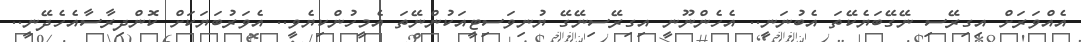
އެއްވަރަށް އިގިރޭސި ނޭގޭބަޔެކޭތަ އެބުނަނީ.. އެހެންނޫނީ އިގިރޭސިނޭގޭ ޔުނިވަސިޓީއަކުންނޭތަ އެމީހުންކިޔެވީ.. އެވަރުބަޔަކަށް ކޮންދިރާސާއެހެދޭނީ..